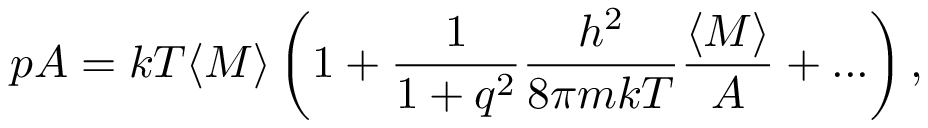
p A = k T \langle M \rangle \left( 1 + \frac { 1 } { 1 + q ^ { 2 } } \frac { h ^ { 2 } } { 8 \pi m k T } \frac { \langle M \rangle } { A } + . . . \right) ,